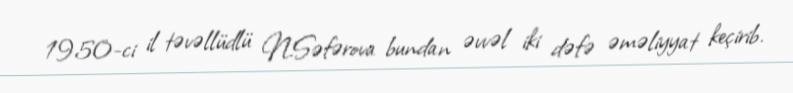
1950-ci il təvəllüdlü N.Səfərova bundan əvvəl iki dəfə əməliyyat keçirib.